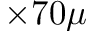
\times 7 0 \mu